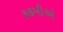
રૂકમીએ